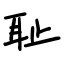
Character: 耻